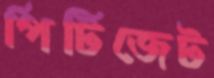
পিটিজেট